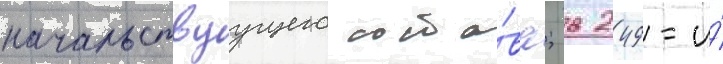
начальствуущего соста́ва; в 249-и́